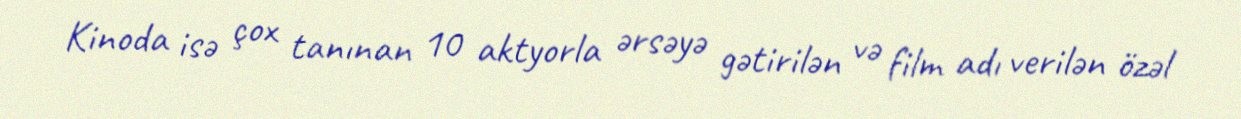
Kinoda isə çox tanınan 10 aktyorla ərsəyə gətirilən və film adı verilən özəl